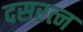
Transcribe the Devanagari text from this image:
दसरत्न